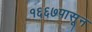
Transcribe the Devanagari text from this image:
१६६७पासून